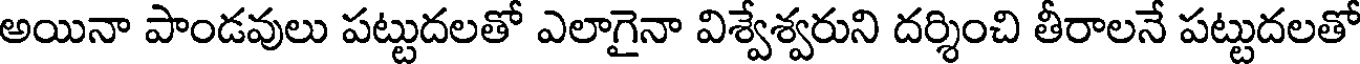
అయినా పాండవులు పట్టుదలతో ఎలాగైనా విశ్వేశ్వరుని దర్శించి తీరాలనే పట్టుదలతో